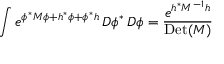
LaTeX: \int e ^ { \phi ^ { * } M \phi + h ^ { * } \phi + \phi ^ { * } h } \, D \phi ^ { * } \, D \phi = { \frac { e ^ { h ^ { * } M ^ { - 1 } h } } { \mathrm { D e t } ( M ) } }